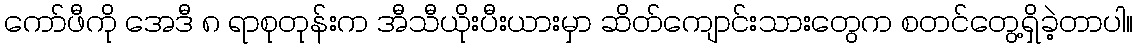
ကော်ဖီကို အေဒီ ၈ ရာစုတုန်းက အီသီယိုးပီးယားမှာ ဆိတ်ကျောင်းသားတွေက စတင်တွေ့ရှိခဲ့တာပါ။